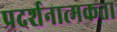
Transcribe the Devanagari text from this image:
प्रदर्शनात्मकता